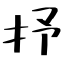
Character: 抒